Report on vaccination in Madras 1895-1903 - 1895-1903
Year: 1895
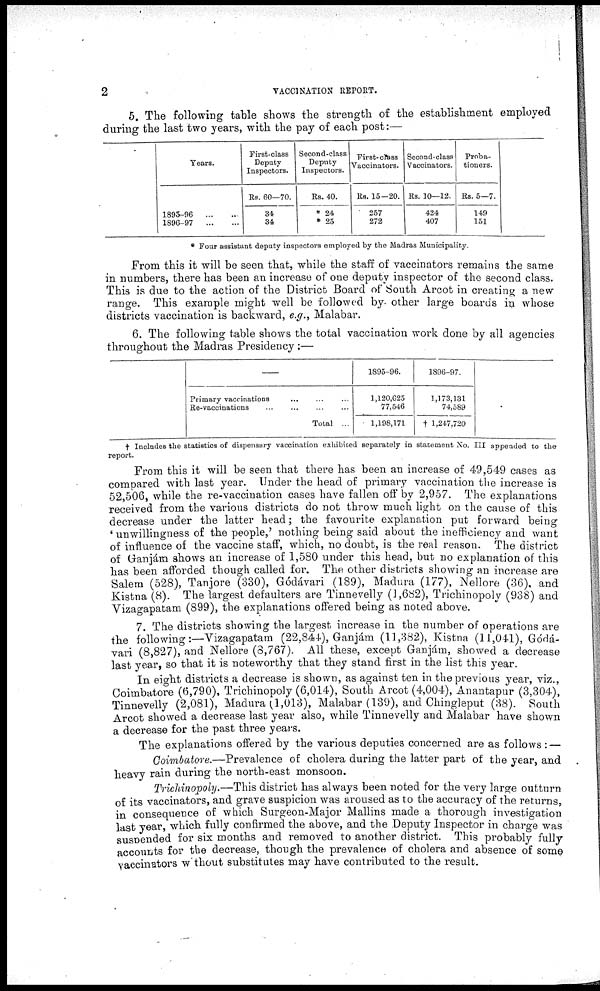
2
VACCINATION REPORT.
5. The following table shows the strength of the establishment employed
during the last two years, with the pay of each post:—
Years.
1895-96...
...
1896-97...
...
First-class
Deputy
Inspectors.
Rs. 60—70.
34
34
Second-class
Deputy
Inspectors.
Rs. 40.
* 24
* 25
First-class
Vaccinators.
Rs. 15-20.
257
272
Second-class
Vaccinators.
Rs. 10—12.
424
407
Proba-
tioners.
Rs. 5—7.
149
151
* Four assistant deputy inspectors employed by the Madras Municipality.
From this it will be seen that, while the staff of vaccinators remains the same
in numbers, there has been an increase of one deputy inspector of the second class.
This is due to the action of the District Board of South Arcot in creating a new
range. This example might well be followed by. other large boards in whose
districts vaccination is backward, e.g., Malabar.
6. The following table shows the total vaccination work done by all agencies
throughout the Madras Presidency:—
Primary vaccinations... ... ...
Re-vaccinations... ... ...
Total ...
1895-96.
1,120,625
77,546
1,198,171
1896-97.
1,173,131
74,589
†1,247,720
† Includes the statistics of dispensary vaccination exhibited separately in statement No. III appended to the
report.
From this it will be seen that there has been an increase of 49,549 cases as
compared with last year. Under the head of primary vaccination the increase is
52,506, while the re-vaccination cases have fallen off by 2,957. The explanations
received from the various districts do not throw much light on the cause of this
decrease under the latter head; the favourite explanation put forward being-
' unwillingness of the people,' nothing being said about the inefficiency and want
of influence of the vaccine staff, which, no doubt, is the real reason. The district
of Ganjám shows an increase of 1,580 under this head, but no explanation of this
has been afforded though called for. The other districts showing an increase are
Salem (528), Tanjore (330), Gódávari (189), Madura (177), Nellore (36), and
Kistna (8). The largest defaulters are Tinnevelly (1,682), Trichinopoly (938) and
Vizagapatam (899), the explanations offered being as noted above.
7. The districts showing the largest increase in the number of operations are
the following:—Vizagapatam (22,844), Ganjám (11,382), Kistna (11,041), Gódá-
vari (8,827), and Nellore (8,767). All these, except Ganjám, showed a decrease
last year, so that it is noteworthy that they stand first in the list this year.
In eight districts a decrease is shown, as against ten in the previous year, viz.,
Coimbatore (6,790), Trichinopoly (6,014), South Arcot (4,004), Anantapur (3,304),
Tinnevelly (2,081), Madura(1,013), Malabar (139), and Chingleput (38). South
Arcot showed a decrease last year also, while Tinnevelly and Malabar have shown
a decrease for the past three years.
The explanations offered by the various deputies concerned are as follows: —
Coimbatore.—Prevalence of cholera during the latter part of the year, and
heavy rain during the north-east monsoon.
Trichinopoly.—This district has always been noted for the very large outturn
of its vaccinators, and grave suspicion was aroused as to the accuracy of the returns,
in consequence of which Surgeon-Major Mallins made a thorough investigation
last year, which fully confirmed the above, and the Deputy Inspector in charge was
suspended for six months and removed to another district. This probably fully
accounts for the decrease, though the prevalence of cholera and absence of some
vaccinators without substitutes may have contributed to the result.